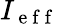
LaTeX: I_{\mathrm{~e~f~f~}}